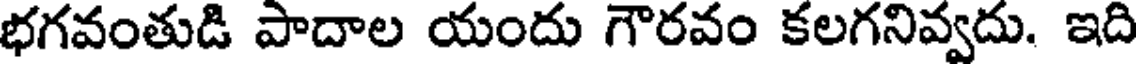
భగవంతుడి పాదాల యందు గౌరవం కలగనివ్వదు. ఇది